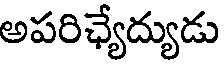
అపరిఛ్యేద్యుడు